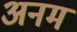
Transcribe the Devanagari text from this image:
अनम